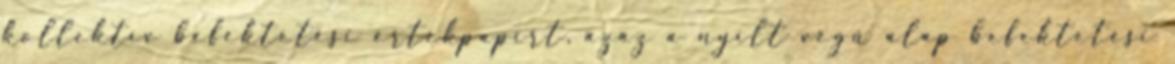
kollektív befektetési értékpapírt, azaz a nyílt végű alap befektetési